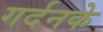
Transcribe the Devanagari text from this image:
गर्दनके